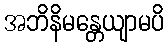
အဘိနိမန္တေယျာမပိ